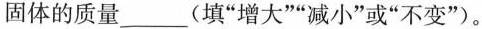
固体的质量___(填”增大””减小”或”不变”)。